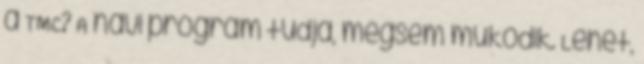
a TMC? A navi program tudja, mégsem működik. Lehet,